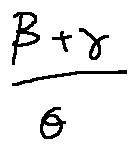
\frac { \beta + \gamma } { \theta }